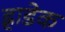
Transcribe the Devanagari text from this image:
ह्राडेक